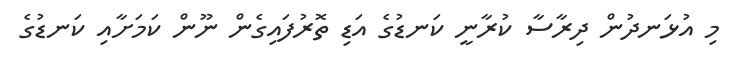
މި އުޅަނދުން ދިރާސާ ކުރާނީ ކަނޑުގެ އަޑި ތޮރުފައިގެން ނޫން ކަމަށާއި ކަނޑުގެ